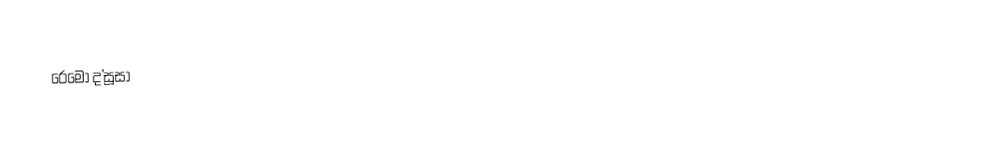
රෙමෝ ද'සූසා